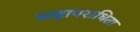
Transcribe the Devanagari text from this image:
सहापराधिता